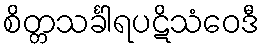
စိတ္တသင်္ခါရပဋိသံဝေဒီ